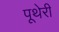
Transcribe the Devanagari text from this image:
पूथेरी